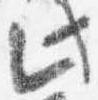
此